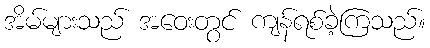
အိမ်များသည် အဝေးတွင် ကျန်ရစ်ခဲ့ကြသည်။